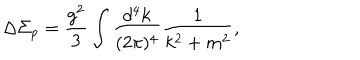
\Delta \Sigma _ { p } = \frac { g ^ { 2 } } 3 \int \frac { d ^ { 4 } k } { ( 2 \pi ) ^ { 4 } } \frac 1 { k ^ { 2 } + m ^ { 2 } } ,